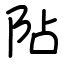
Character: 阽